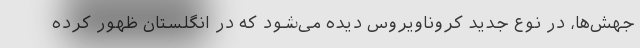
جهش‌ها، در نوع جدید کروناویروس دیده می‌شود که در انگلستان ظهور کرده